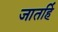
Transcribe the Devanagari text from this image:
जातहिं